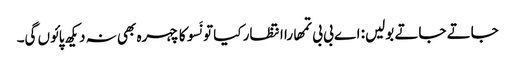
جاتے جاتے بولیں: اے بی بی تمھارا انتظار کیا تو نَسو کا چہرہ بھی نہ دیکھ پائوں گی۔